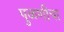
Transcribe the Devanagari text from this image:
पुळणीचा